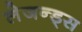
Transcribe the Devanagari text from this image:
लेजन्ड्स